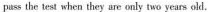
pass the test when they are only two years old.